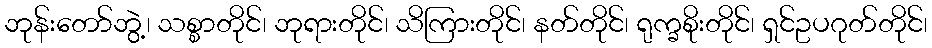
ဘုန်းတော်ဘွဲ့၊ သစ္စာတိုင်၊ ဘုရားတိုင်၊ သိကြားတိုင်၊ နတ်တိုင်၊ ရုက္ခစိုးတိုင်၊ ရှင်ဥပဂုတ်တိုင်၊